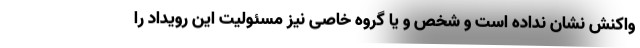
واکنش نشان نداده است و شخص و یا گروه خاصی نیز مسئولیت این رویداد را